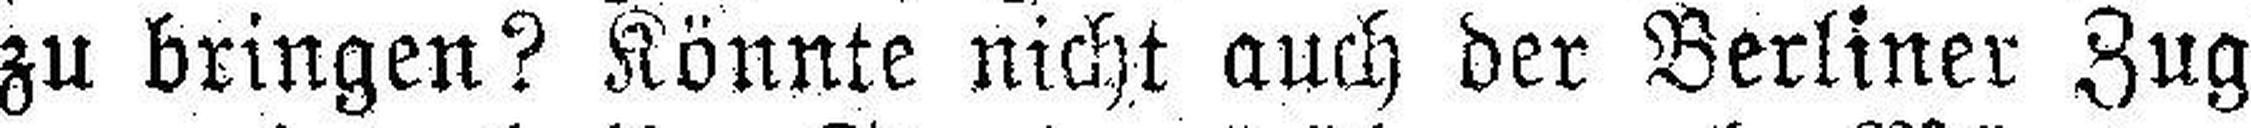
zu bringen? Könnte nicht auch der Berliner Zug